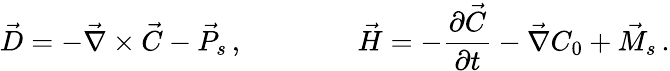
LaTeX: \vec{D}=-\vec{\nabla}\times\vec{C}-\vec{P}_{s}\, ,\qquad\qquad\vec{H}=-{\frac{\partial\vec{C}}{\partial t}}-\vec{\nabla}C_{0}+\vec{M}_{s}\, .